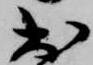
出